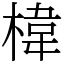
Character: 椲